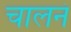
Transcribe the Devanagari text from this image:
चालनं